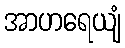
အာဟရေယျံ